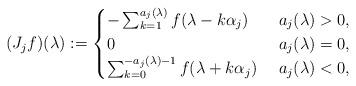
LaTeX: \begin{align*}(J_j f)(\lambda ) := \begin{cases}-\sum_{k=1}^{a_j(\lambda)} f(\lambda-k\alpha_j) &\ a_j(\lambda)> 0 ,\\0&\ a_j(\lambda)=0 ,\\\sum_{k=0}^{-a_j(\lambda)-1} f(\lambda+k\alpha_j)&\ a_j(\lambda) <0,\end{cases} \end{align*}